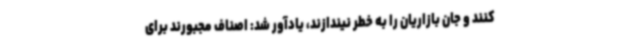
کنند و جان بازاریان را به خطر نیندازند، یادآور شد: اصناف مجبورند برای